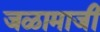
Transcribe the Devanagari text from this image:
जळामाजी